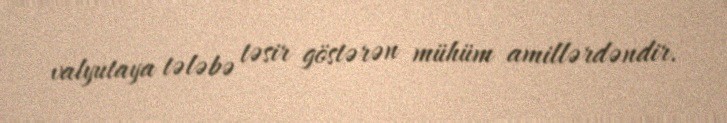
valyutaya tələbə təsir göstərən mühüm amillərdəndir.